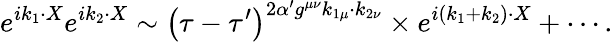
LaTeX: e^{ik_{1}\cdot X}e^{ik_{2}\cdot X}\sim\left(\tau-\tau^{\prime}\right)^{2\alpha^{\prime}g^{\mu\nu}k_{1\mu}\cdot k_{2\nu}}\times e^{i\left(k_{1}+k_{2}\right)\cdot X}+\cdots.